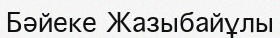
Бәйеке Жазыбайұлы